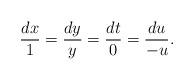
LaTeX: \begin{align*}\frac{dx}{1}=\frac{dy}{y}=\frac{dt}{0}=\frac{du}{-u}.\end{align*}